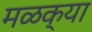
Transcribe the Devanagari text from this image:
मळक्या